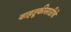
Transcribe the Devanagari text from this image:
वाहतूकीसाठीचे